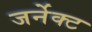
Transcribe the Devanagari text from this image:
जर्नेक्ट